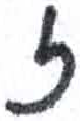
אות: ז